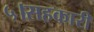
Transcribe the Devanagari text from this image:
५।सहकारी